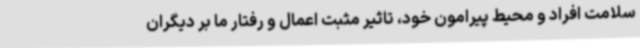
سلامت افراد و محیط پیرامون خود، تاثیر مثبت اعمال و رفتار ما بر دیگران